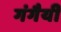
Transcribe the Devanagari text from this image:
गंगैयी